Report of an investigation into the causes of malaria in Bombay and the measures necessary for its control
Disease focus: Malaria
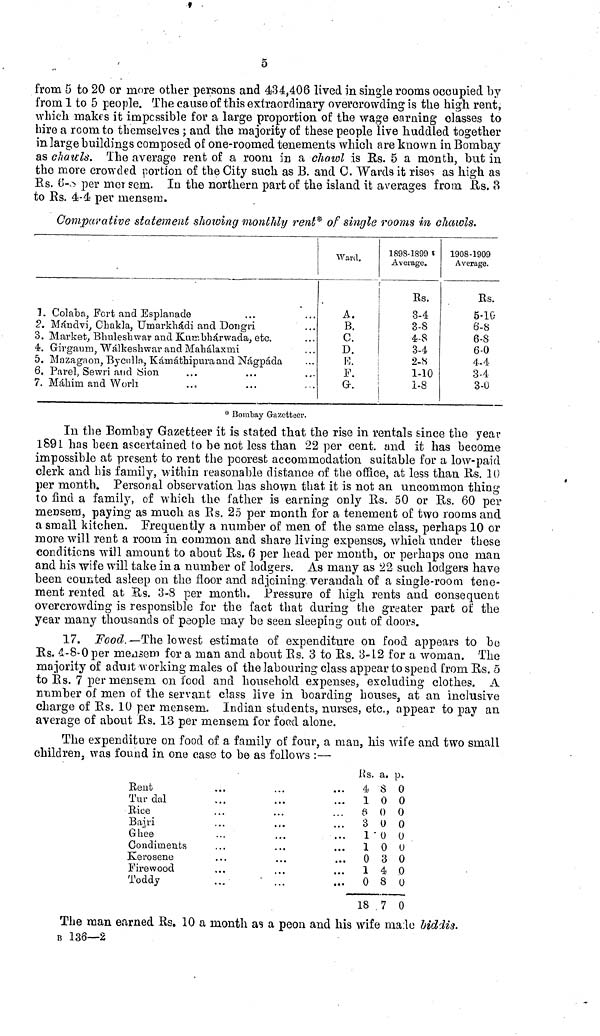
5
from 5 to 20 or more other persons and 434,406 lived in single rooms occupied by
from 1 to 5 people. The cause of this extraordinary overcrowding is the high rent,
which makes it impossible for a large proportion of the wage earning classes to
hire a room to themselves ; and the majority of these people live huddled together
in large buildings composed of one-roomed tenements which are known in Bombay
as chauls. The average rent of a room in a chawl is Rs. 5 a month, but in
the more crowded portion of the City such as B. and 0. Wards it rises as high as
to Rs. 4-4 per mensem.
Comparative statement showing monthly rent* of single rooms in chawls.
1. Colaba, Fort and Esplanade
2. Mándvi, Chakla, Umarkhádi and Dongri
3. Market, Bhuleshwar and Kumbhárwada, etc.
4. Girgaum, Wálkeshwar and Mahálaxrni
5. Mazagnon, Byculla, Kámáthipura and Nágpáda
6. Parel, Sewri and Sion
7. Máhim and Worli
Ward.
A.
B.
C.
D.
E.
F.
G.
1893-1899
Average.
Rs.
3-4
3-8
4-8
3-4
2-8
1-10
1-8
1908-1909
Average.
Rs.
5-10
6-8
6-8
6-0
4-4
3-4
3-0
* Bombay Gazetteer.
In the Bombay Gazetteer it is stated that the rise in rentals since the year
1891 has been ascertained to be not less than 22 per cent. and it has become
impossible at present to rent the poorest accommodation suitable for a low-paid
clerk and his family, within reasonable distance of the office, at less than Rs. 10
per month. Personal observation has shown that it is not an uncommon thing
to find a family, of which the father is earning only Rs. 50 or Rs. 60 per
mensem, paying as much as Rs. 25 per month for a tenement of two rooms and
a small kitchen. Frequently a number of men of the same class, perhaps 10 or
more will rent a room in common and share living expenses, which under these
conditions will amount to about Rs. 6 per head per month, or perhaps one man
and his wife will take in a number of lodgers. As many as 22 such lodgers have
been counted asleep on the floor and adjoining verandah of a single-room tene-
ment rented at Rs. 3-8 per month, Pressure of high rents and consequent
overcrowding is responsible for the fact that during the greater part of the
year many thousands of people may be seen sleeping out of doors.
17. Food.—The lowest estimate of expenditure on food appears to be
majority of adult working males of the labouring class appear to spend from Rs. 5
to Rs. 7 per mensem on food and household expenses, excluding clothes. A
number of men of the servant class live in boarding houses, at an inclusive
charge of Rs. 10 per mensem. Indian students, nurses, etc., appear to pay an
average of about Rs. 13 per mensem for food alone.
The expenditure on food of a family of four, a man, his wife and two small
children, was found in one case to be as follows :—
Rent
Tur dal
Rice
Bajri
Ghee
Condiments
Kerosene
Firewood
Toddy
Rs.
4
1
6
3
1
1
0
1
0
18
a.
S
0
0
0
0
0
3
4
S
7
P.
0
0
0
0
0
0
0
0
0
0
The man earned Rs. 10 a month as a peon and his wife made biddis.
B 136—2